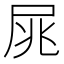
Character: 𡱜